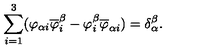
\sum _ { i = 1 } ^ { 3 } ( \varphi _ { \alpha i } \overline { { \varphi } } _ { i } ^ { \beta } - \varphi _ { i } ^ { \beta } \overline { { \varphi } } _ { \alpha i } ) = \delta { _ \alpha ^ { \beta } } .